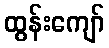
ထွန်းကျော်